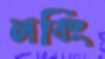
লবিং